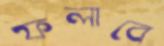
ফলাবে